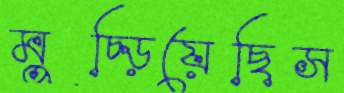
মুচ্‌ড়িয়েছিস